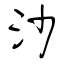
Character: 沙